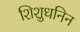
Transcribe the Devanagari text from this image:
शिशुधनिन